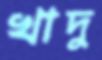
খাদু